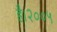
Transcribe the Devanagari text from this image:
है।२००५